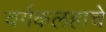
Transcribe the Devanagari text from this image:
वर्गकलहाचे